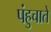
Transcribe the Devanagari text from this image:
पंहुचाते